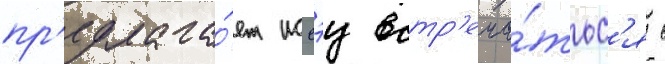
пр'едлага́ет иссэу встр'еча́тьс'я с